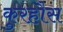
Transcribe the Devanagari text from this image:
कुरहौस